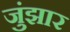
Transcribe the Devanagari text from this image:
जुंझार